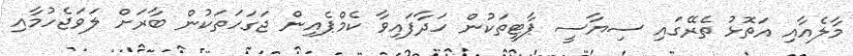
މާލެއާއި އަތޮޅު ތެރޭގައި ސިޔާސީ ޕާޓީތަކުން ހަދާފައިވާ ކެމްޕެއިން ޖަގަހަތަކުން ބާރަށް ލަވަޖެހުމާއި